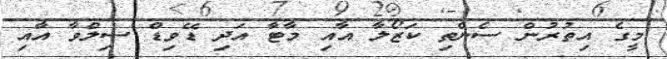
މީގެ އިތުރުން ސެންތި ކަޒޯލާ އާއި މާޓާ އަދި ޑޭވިޑް ސިލްވާ އާއި